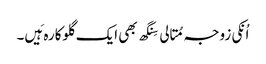
اُنکی زوجہ مِتالی سِنگھ بھی ایک گلوکارہ ہَیں۔